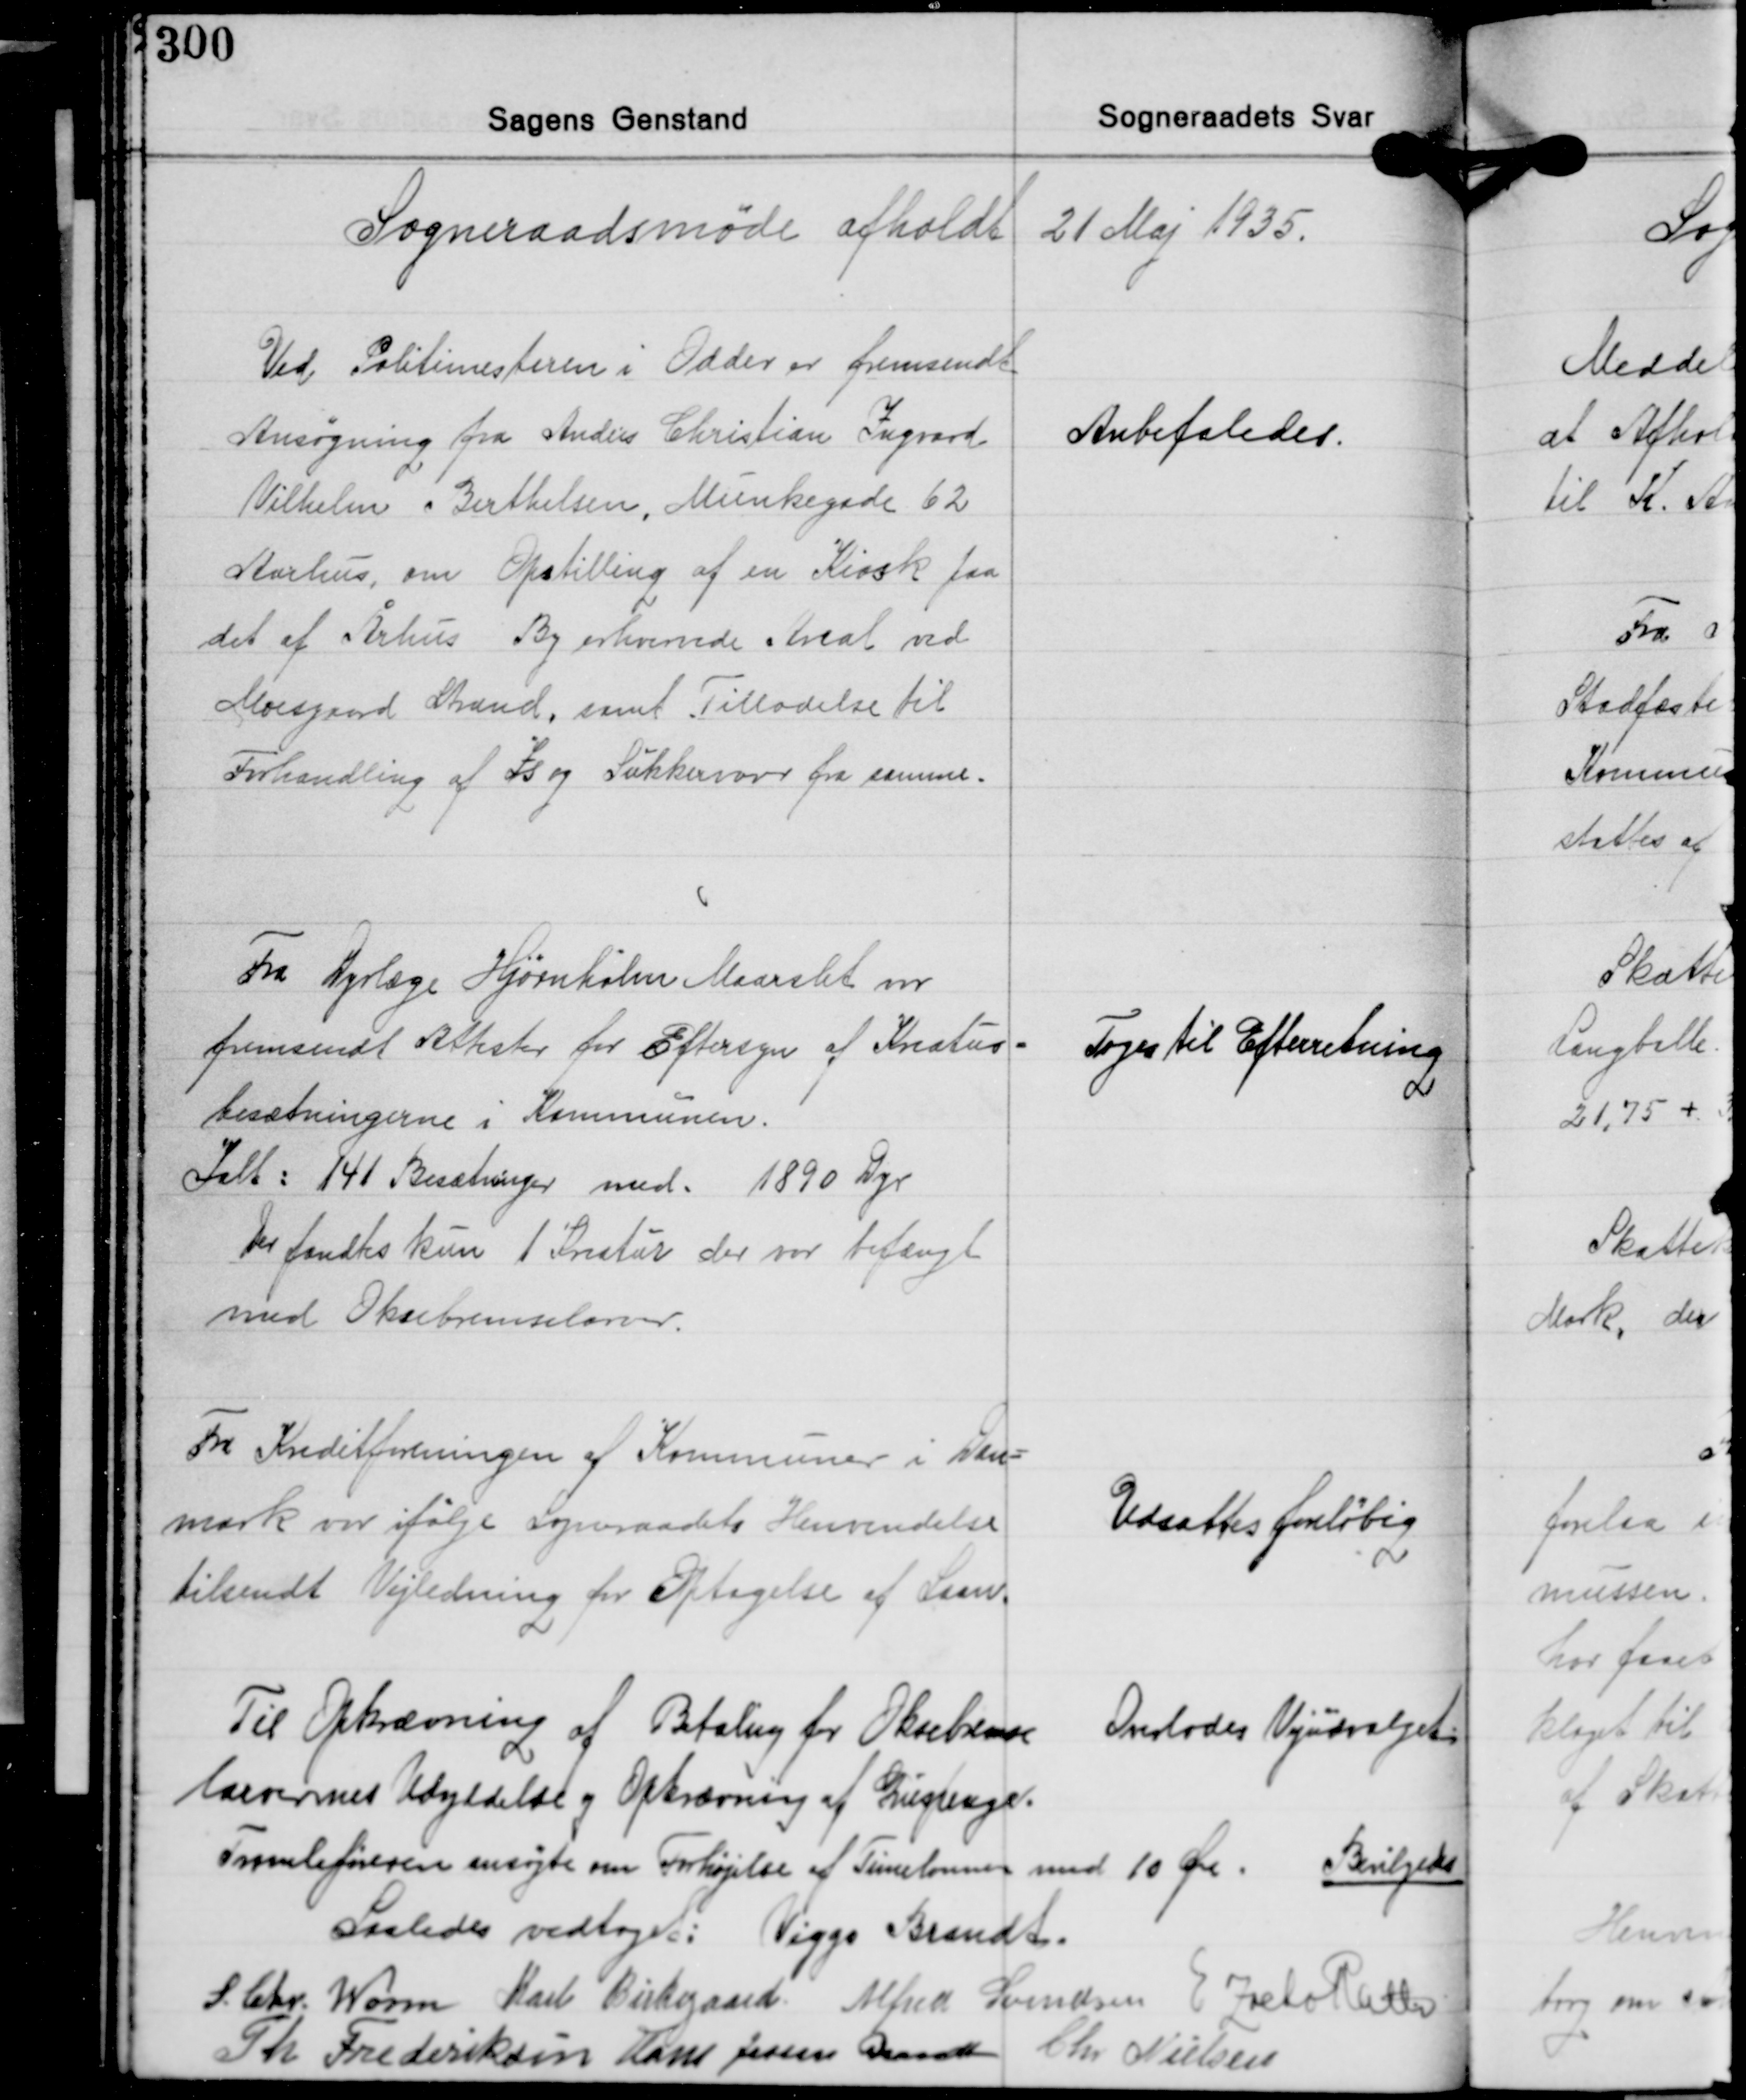
Transskription:
Sogneraadsmøde afholdt 21 Maj 1935.

Ved Politimesteren i Odder er fremsendt
Ansøgning fra Anders Christian Ingvard
Vilhelm Berthelsen, Munkegade 62
Aarhus, om Opstilling af en Kiosk paa
det af Århus By erhvervde Areal ved
Moesgaard Strand, samt Tilladelse til
Forhandling af Is og Sukkervarer fra samme.

Anbefaledes.

Fra Dyrlæge Hjørnholm Maarslet var
fremsendt Attester for Eftersyn af Kreatur-
besætningerne i Kommunen.
Ialt: 141 Besætninger med 1890 Dyr
Der fandtes kun 1 Kreatur der var befængt
med Oksebremselaver.

Toges til Efterretning

Fra Kreditforeningen af Kommuner i Dan-
mark var ifølge Sogneraadets Henvendelse
tilsendt Vejledning for Optagelse af Laan.

Udsattes foreløbig

Til Opkrævning af Betaling for Oksebremse
larvernes Udryddelse og Opkrævning af Luspenge.

Overlodes Vejudvalget

Tromleføreren ansøgte om Forhøjelse af Timelønnen med 10 Øre.

Bevilgedes

Saaledes vedtaget: Viggo Brandt
S. Chr. Worm Karl Birkegaard Alfred Svendsen E. Zacho Rath
Th. Frederiksen Hans Jessen Brandt Chr. Nielsen